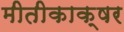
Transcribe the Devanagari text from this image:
मीतीकाक्षर